Vaccine operations Central Provinces & Berar 1922-1929 - 1922-1929
Year: 1922
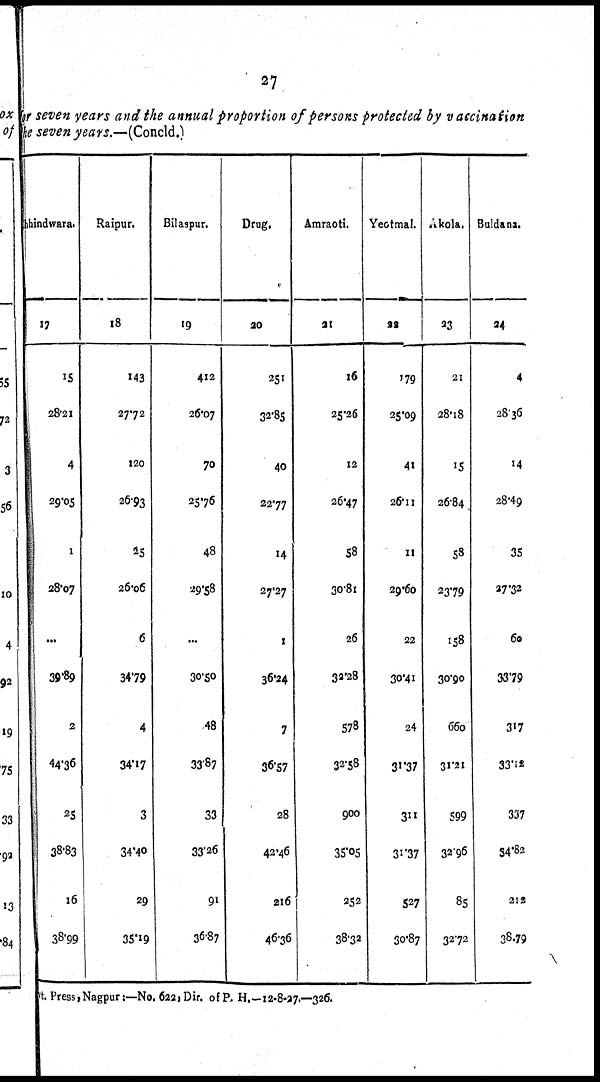
27
for seven years and the annual proportion of persons protected by vaccination
the seven years.—(Concld.)
Chhindwara.
17
15
28.21
4
29.05
1
28.07
...
39.89
2
44.36
25
38.83
16
38.99
Raipur.
18
143
27.72
120
26.93
25
26.06
6
34.79
4
34.17
3
34.40
29
35.19
Bilaspur.
19
412
26.07
70
25.76
48
29.58
...
30.50
48
33.87
33
33.26
91
36.87
Drug.
20
251
32.85
40
22.77
14
27.27
1
36.24
7
36.57
28
42.46
216
46.36
Amraoti.
21
16
25.26
12
26.47
58
30.81
26
32.28
578
32.58
900
35.05
252
38.32
Yeotmal.
22
179
25.09
41
26.11
11
29.60
22
30.41
24
31.37
311
31.37
527
30.87
Akola.
23
21
28.18
15
26.84
58
23.79
158
30.90
660
31.21
599
32.96
85
32.72
Buldana.
24
4
28.36
14
28.49
35
27.32
60
33.79
317
33.12
337
34.82
212
38.79
Govt. Press, Nagpur:—No. 622, Dir. of P. H.—12-8-27.—326.